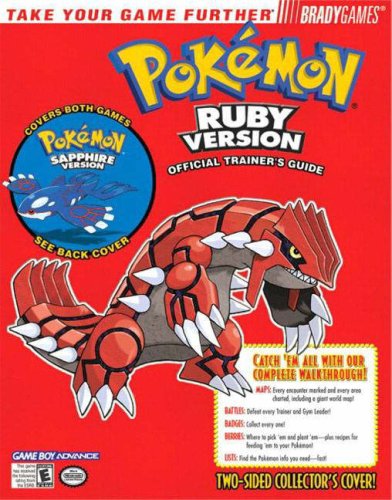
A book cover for Pokemon Ruby & Sapphire Official Trainer's Guide; Phillip Marcus; Computers & Technology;